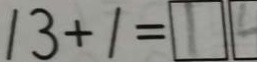
1 3 + 1 = \boxed { 1 }